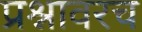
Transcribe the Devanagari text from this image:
प्रश्नावरच